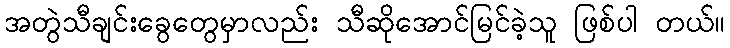
အတွဲသီချင်းခွေတွေမှာလည်း သီဆိုအောင်မြင်ခဲ့သူ ဖြစ်ပါ တယ်။